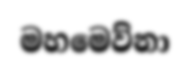
මහමෙව්නා